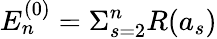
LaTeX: E_{n}^{(0)}=\Sigma_{s=2}^{n}R(a_{s})